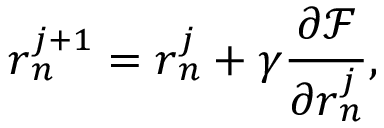
\boldsymbol { r } _ { n } ^ { j + 1 } = \boldsymbol { r } _ { n } ^ { j } + \gamma \frac { \partial \mathcal { F } } { \partial \boldsymbol { r } _ { n } ^ { j } } ,